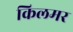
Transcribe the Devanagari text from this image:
किलमर